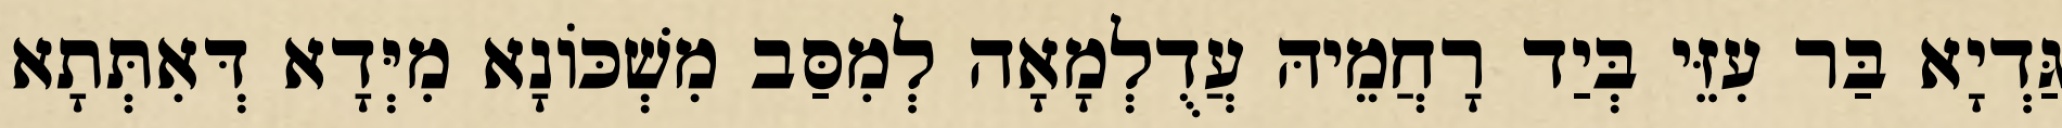
גַּדְיָא בַּר עִזֵּי בְּיַד רָחֲמֵיהּ עֲדֻלְמָאָה לְמִסַּב מִשְׁכּוֹנָא מִיְּדָא דְּאִתְּתָא